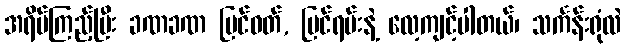
အရိပ်ကြည့်ပြီး ခဏခဏ ပြင်ဝတ်, ပြင်ရမ်းနဲ့ လေ့ကျင့်ပါတယ်၊ သင်္ကန်းရုံလဲ